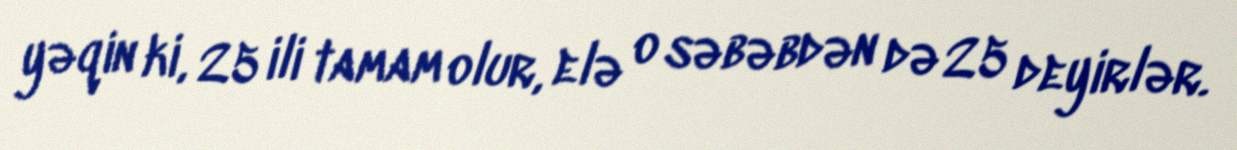
yəqin ki, 25 ili tamam olur, elə o səbəbdən də 25 deyirlər.